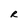
Character: R